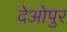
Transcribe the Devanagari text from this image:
देओपुर